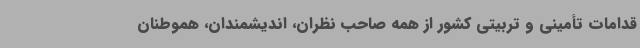
قدامات تأمینی و تربیتی کشور از همه صاحب نظران، اندیشمندان، هموطنان